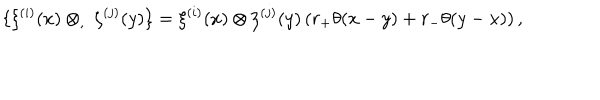
LaTeX: \{ \xi ^ { ( i ) } ( x ) \otimes _ { , } \ \zeta ^ { ( j ) } ( y ) \} = \xi ^ { ( i ) } ( x ) \otimes \zeta ^ { ( j ) } ( y ) \left( r _ { + } \theta ( x - y ) + r _ { - } \theta ( y - x ) \right) ,